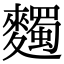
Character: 𪍹